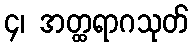
၄၊ အတ္ထရာဂသုတ်